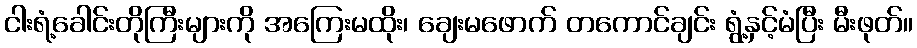
ငါးရံ့ခေါင်းတိုကြီးများကို အကြေးမထိုး၊ ချေးမဖောက် တကောင်ချင်း ရွံ့နှင့်မံပြီး မီးဖုတ်။